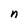
Character: n